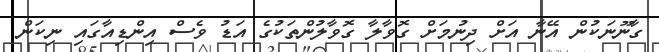
ގާނޫނަކުން އޭނާ އަށް ދިނުމަށް ގޮވާލާ ގޮވާލުންތަކުގެ އަޑު ވެސް އިންޑިއާގައި ނިކަން